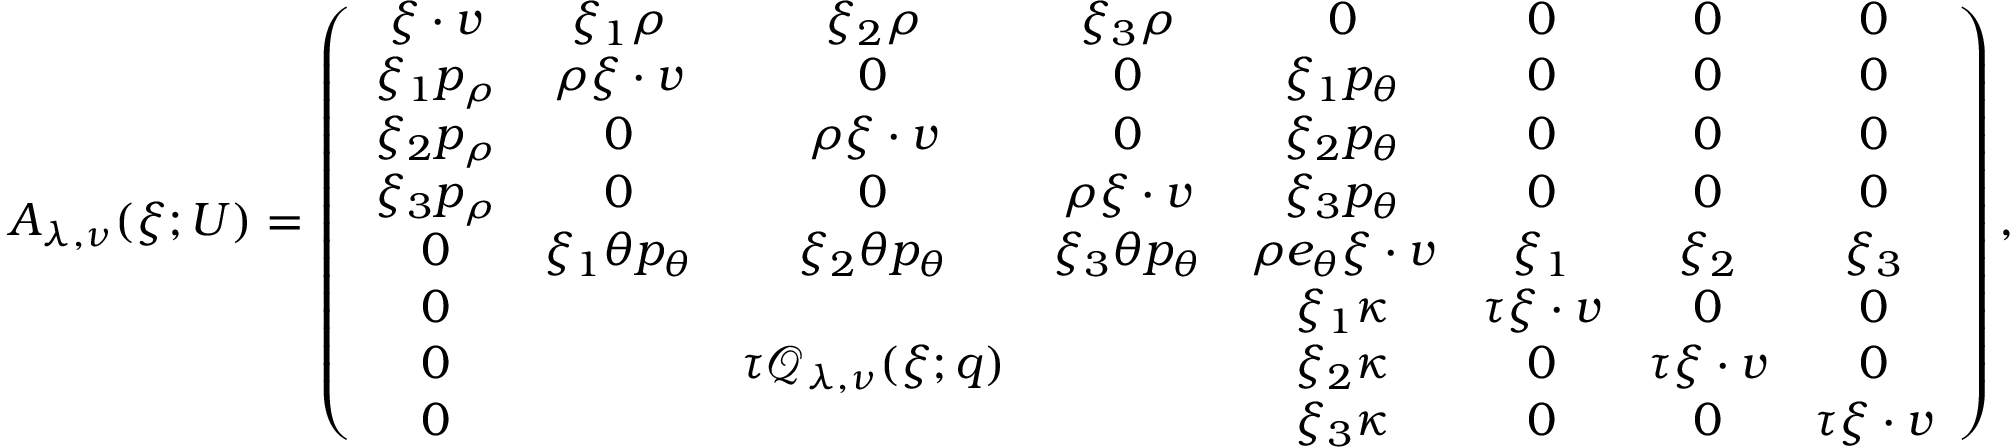
\begin{array} { r } { A _ { \lambda , \nu } ( \xi ; U ) = \left( \begin{array} { c c c c c c c c } { \xi \cdot v } & { \xi _ { 1 } \rho } & { \xi _ { 2 } \rho } & { \xi _ { 3 } \rho } & { 0 } & { 0 } & { 0 } & { 0 } \\ { \xi _ { 1 } p _ { \rho } } & { \rho \xi \cdot v } & { 0 } & { 0 } & { \xi _ { 1 } p _ { \theta } } & { 0 } & { 0 } & { 0 } \\ { \xi _ { 2 } p _ { \rho } } & { 0 } & { \rho \xi \cdot v } & { 0 } & { \xi _ { 2 } p _ { \theta } } & { 0 } & { 0 } & { 0 } \\ { \xi _ { 3 } p _ { \rho } } & { 0 } & { 0 } & { \rho \xi \cdot v } & { \xi _ { 3 } p _ { \theta } } & { 0 } & { 0 } & { 0 } \\ { 0 } & { \xi _ { 1 } \theta p _ { \theta } } & { \xi _ { 2 } \theta p _ { \theta } } & { \xi _ { 3 } \theta p _ { \theta } } & { \rho e _ { \theta } \xi \cdot v } & { \xi _ { 1 } } & { \xi _ { 2 } } & { \xi _ { 3 } } \\ { 0 } & & & & { \xi _ { 1 } \kappa } & { \tau \xi \cdot v } & { 0 } & { 0 } \\ { 0 } & & { \tau \mathcal { Q } _ { \lambda , \nu } ( \xi ; q ) } & & { \xi _ { 2 } \kappa } & { 0 } & { \tau \xi \cdot v } & { 0 } \\ { 0 } & & & & { \xi _ { 3 } \kappa } & { 0 } & { 0 } & { \tau \xi \cdot v } \end{array} \right) , } \end{array}